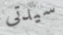
سيدتى